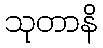
သုတာနိ